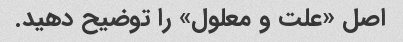
اصل «علت و معلول» را توضیح دهید.